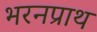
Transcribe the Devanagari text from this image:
भरनप्राथ